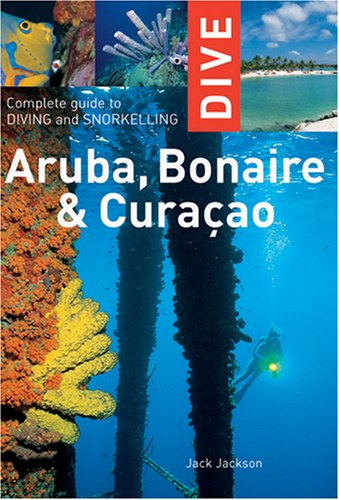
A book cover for Dive Aruba, Bonaire, Curacao (Interlink Dive Guide); Jack Jackson; Travel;